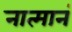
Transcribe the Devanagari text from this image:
नात्मानं